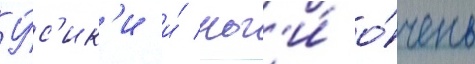
У́с'ик'и и́ ног'и́ о́чень